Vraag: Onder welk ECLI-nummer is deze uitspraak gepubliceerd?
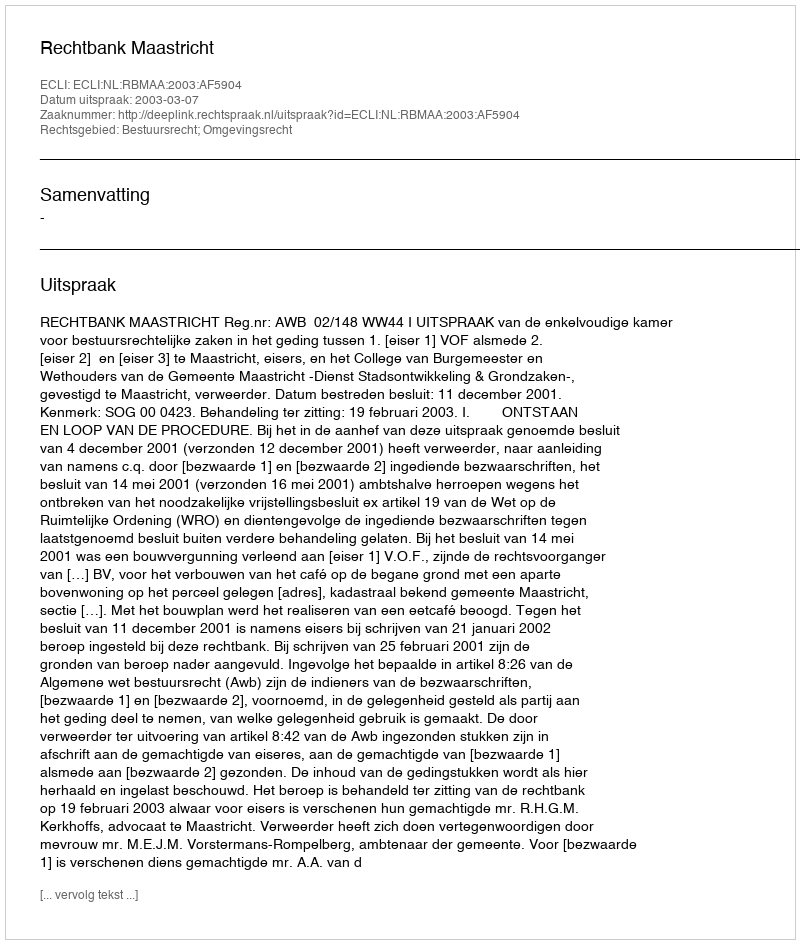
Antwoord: ECLI:NL:RBMAA:2003:AF5904